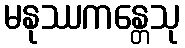
မနုဿကန္တေသု